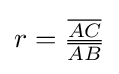
r={\tfrac {\overline {AC}}{\overline {AB}}}